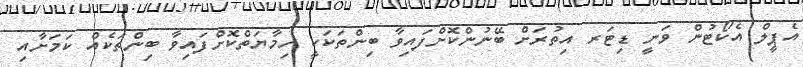
އެޕީލް އެކޯޓުން ވަނީ ޑިޓަރ އިތުރަށް ބޭނުންކޮށްފައިވާ ބިންތަކަކީ ހިމާޔަތްކޮށްފައިވާ ބިންތަކެއް ކަމަށާއި